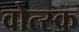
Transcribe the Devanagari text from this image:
वोत्स्क